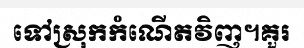
ទៅស្រុកកំណើតវិញ។គួរ